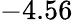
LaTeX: -4.56